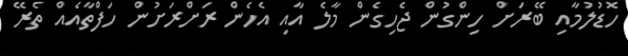
ހޮޑުލުމާއި ބޭރަށް ހިންގުން ޖެހިގެން މާލެ އާއި އެހެން ރަށްރަށުން ހަފްތާއެއް ތެރޭ